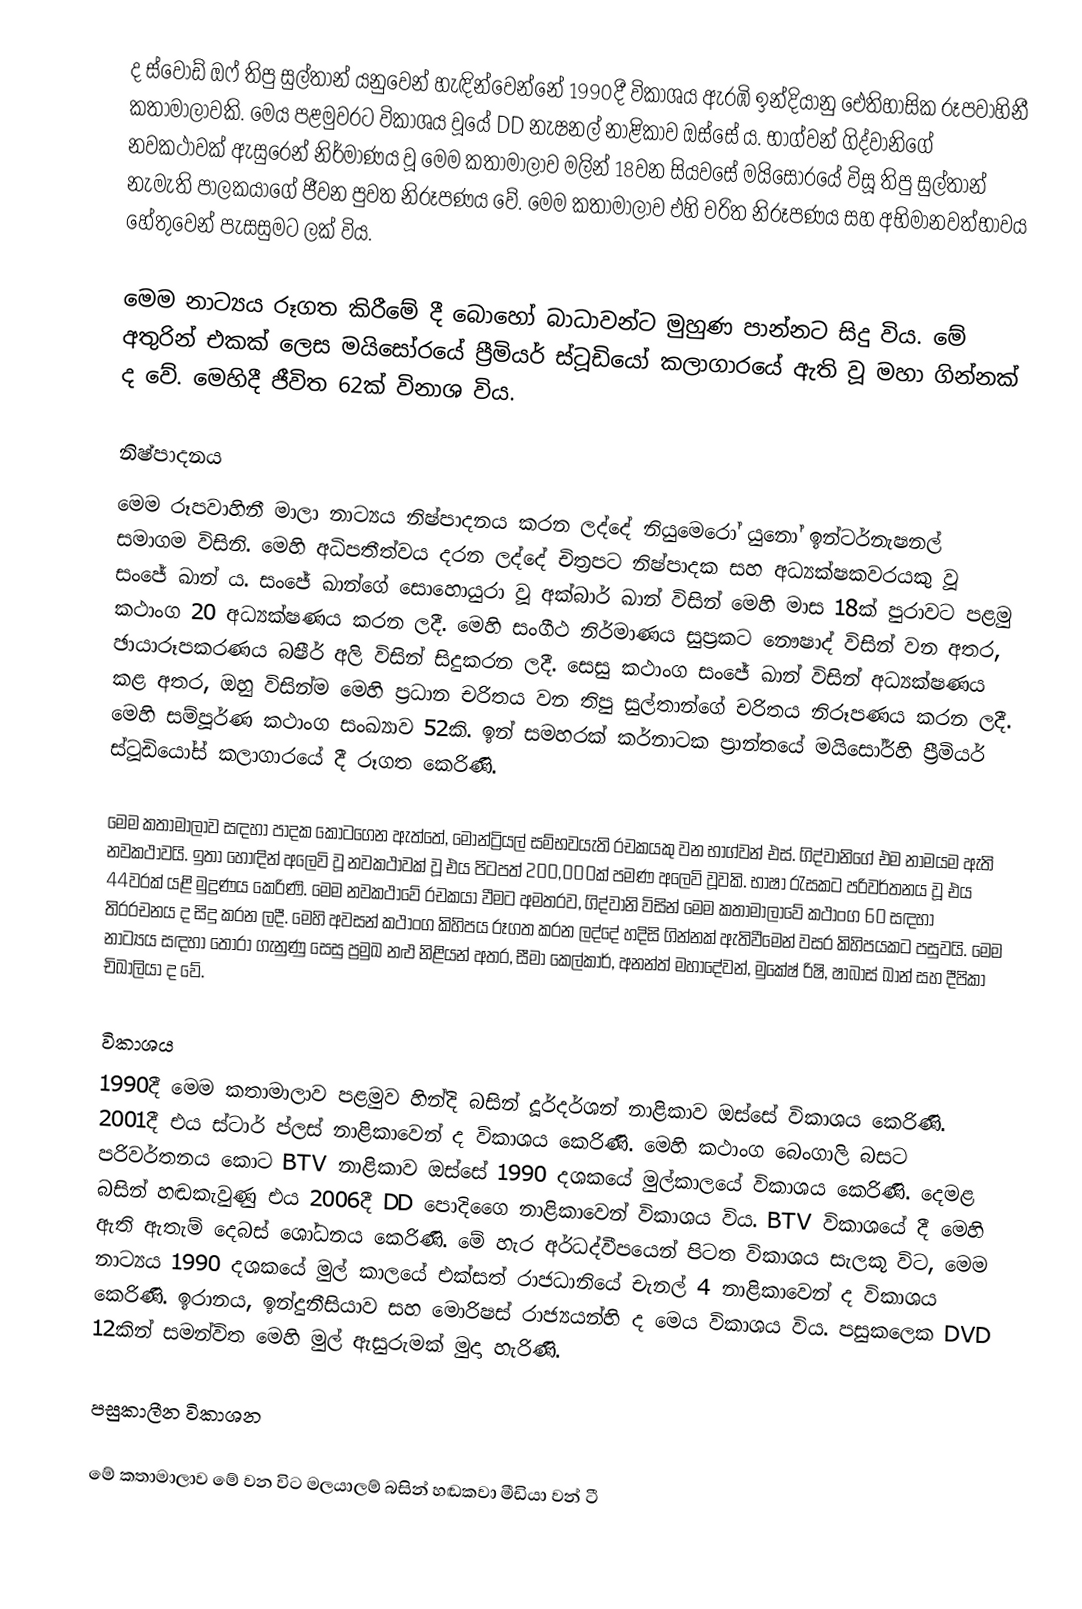
ද ස්වෝඩ් ඔෆ් තිපු සුල්තාන් යනුවෙන් හැඳින්වෙන්නේ 1990දී විකාශය ඇරඹි ඉන්දියානු ඓතිහාසික රූපවාහිනී කතාමාලාවකි. මෙය පළමුවරට විකාශය වූයේ DD නැෂනල් නාළිකාව ඔස්සේ ය. භාග්වන් ගිද්වානිගේ නවකථාවක් ඇසුරෙන් නිර්මාණය වූ මෙම කතාමාලාව මලින් 18වන සියවසේ මයිසෝරයේ විසූ තිපු සුල්තාන් නැමැති පාලකයාගේ ජීවන පුවත නිරූපණය වේ. මෙම කතාමාලාව එහි චරිත නිරූපණය සහ අභිමානවත්භාවය හේතුවෙන් පැසසුමට ලක් විය.

මෙම නාට්‍යය රූගත කිරීමේ දී බොහෝ බාධාවන්ට මුහුණ පාන්නට සිදු විය. මේ අතුරින් එකක් ලෙස මයිසෝරයේ ප්‍රීමියර් ස්ටූඩියෝ කලාගාරයේ ඇති වූ මහා ගින්නක් ද වේ. මෙහිදී ජීවිත 62ක් විනාශ විය.

නිෂ්පාදනය
මෙම රූපවාහිනී මාලා නාට්‍යය නිෂ්පාදනය කරන ලද්දේ නියුමෙරෝ යුනෝ ඉන්ටර්නැෂනල් සමාගම විසිනි. මෙහි අධිපතීත්වය දරන ලද්දේ චිත්‍රපට නිෂ්පාදක සහ අධ්‍යක්ෂකවරයකු වූ සංජේ ඛාන් ය. සංජේ ඛාන්ගේ සොහොයුරා වූ අක්බාර් ඛාන් විසින් මෙහි මාස 18ක් පුරාවට පළමු කථාංග 20 අධ්‍යක්ෂණය කරන ලදී. මෙහි සංගීථ නිර්මාණය සුප්‍රකට නෞෂාද් විසින් වන අතර, ඡායාරූපකරණය බෂීර් අලි විසින් සිදුකරන ලදී. සෙසු කථාංග සං‍ජේ ඛාන් විසින් අධ්‍යක්ෂණය කළ අතර, ඔහු විසින්ම මෙහි ප්‍රධාන චරිතය වන තිපු සුල්තාන්ගේ චරිතය නිරූපණය කරන ලදී. මෙහි සම්පූර්ණ කථාංග සංඛ්‍යාව 52කි. ඉන් සමහරක් කර්නාටක ප්‍රාන්තයේ මයිසෝර්හි ප්‍රීමියර් ස්ටූඩියෝස් කලාගාරයේ දී රූගත කෙරිණි.

මෙම කතාමාලාව සඳහා පාදක කොටගෙන ඇත්තේ, මොන්ට්‍රියල් සම්භවයැති රචකයකු වන භාග්වන් එස්. ගිද්වානිගේ එම නාමයම ඇති නවකථාවයි. ඉ‍තා හොඳින් අලෙවි වූ නවකථාවක් වූ එය පිටපත් 200,000ක් පමණ අලෙවි වූවකි. භාෂා රැසකට පරිවර්තනය වූ එය 44වරක් යළි මුද්‍රණය කෙරිණි. මෙම නවකථාවේ රචකයා වීමට අමතරව, ගිද්වානි විසින් මෙම කතාමාලාවේ කථාංග 60 සඳහා තිරරචනය ද සිදු කරන ලදී. මෙහි අවසන් කථාංග කිහිපය රූගත කරන ලද්දේ හදිසි ගින්නක් ඇතිවීමෙන් වසර කිහිපයකට පසුවයි. මෙම නාට්‍යය සඳහා තෝරා ගැනුණු සෙසු ප්‍රමුඛ නළු නිළියන් අතර, සීමා කෙල්කාර්, අනන්ත් මහාදේවන්, මුකේෂ් රිෂි, ෂාබාස් ඛාන් සහ දීපිකා චිඛාලියා ද වේ.

විකාශය
1990දී මෙම කතාමාලාව පළමුව හින්දි බසින් දූර්දර්ශන් නාළිකාව ඔස්සේ විකාශය කෙරිණි. 2001දී එය ස්ටාර් ප්ලස් නාළිකාවෙන් ද විකාශය කෙරිණි. මෙහි කථාංග බෙංගාලි බසට පරිවර්තනය කොට BTV නාළිකාව ඔස්සේ 1990 දශකයේ මුල්කාලයේ විකාශය කෙරිණි. දෙමළ බසින් හඬකැවුණු එය 2006දී DD පොදිගෛ නාළිකාවෙන් විකාශය විය. BTV විකාශයේ දී මෙහි ඇති ඇතැම් දෙබස් ශෝධනය කෙරිණි. මේ හැර අර්ධද්වීපයෙන් පිටත විකාශය සැලකූ විට, මෙම නාට්‍යය 1990 දශකයේ මුල් කාලයේ එක්සත් රාජධානියේ චැනල් 4 නාළිකාවෙන් ද විකාශය කෙරිණි. ඉරානය, ඉන්දුනීසියාව සහ මොරිෂස් රාජ්‍යයන්හි ද මෙය විකාශය විය. පසුකලෙක DVD 12කින් සමන්විත මෙහි මුල් ඇසුරුමක් මුදා හැරිණි.

පසුකාලීන විකාශන

මේ කතාමාලාව මේ වන විට මලයාලම් බසින් හඬකවා මීඩියා වන් ටී